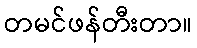
တမင်ဖန်တီးတာ။